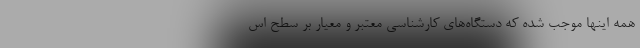
همه اينها موجب شده كه دستگاه‌هاي كارشناسي معتبر و معيار بر سطح اس